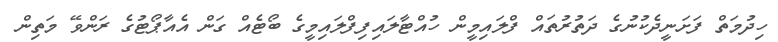
ހިދުމަތް ފަށަނީދެކުނުގެ ދަތުރުތައް ފްލައިމީން ހުއްޓާލައިފިފްލައިމީގެ ބޯޓެއް ގަން އެއާޕޯޓުގެ ރަންވޭ މަތިން